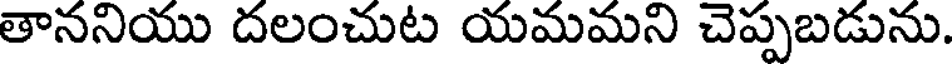
తాననియు దలంచుట యమమని చెప్పబడును.